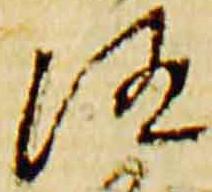
随